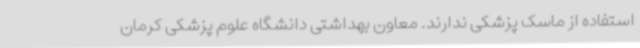
استفاده از ماسک پزشکی ندارند. معاون بهداشتی دانشگاه علوم پزشکی کرمان